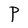
Character: P